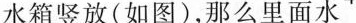
水箱竖放(如图)，那么里面水